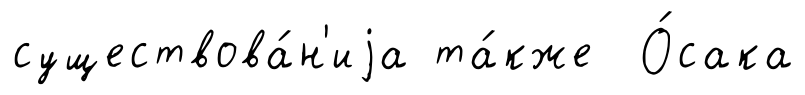
существова́н'иjа та́кже О́сака